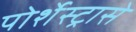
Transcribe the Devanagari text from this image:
पोर्शेस्ट्रासे